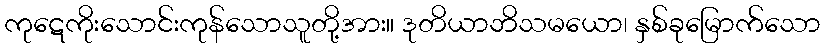
ကုဋေကိုးသောင်းကုန်သောသူတို့အား။ ဒုတိယာဘိသမယော၊ နှစ်ခုမြောက်သော